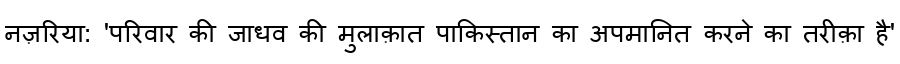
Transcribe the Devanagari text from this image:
नज़रिया: 'परिवार की जाधव की मुलाक़ात पाकिस्तान का अपमानित करने का तरीक़ा है'